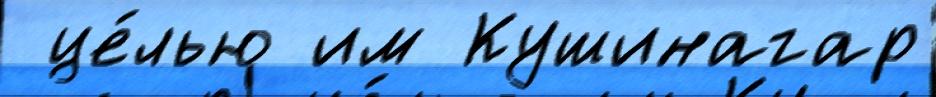
 це́лью им Кушинагар